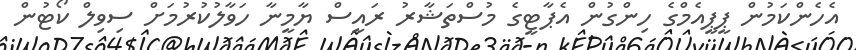
އެހެންކަމުން ޕީޕީއެމްގެ ހިންގުން އެޕާޓީގެ މުސްތަޝާރު ރައީސް ޔާމީނާ ހަވާލުކުރުމަށް ސިވިލް ކޯޓުން